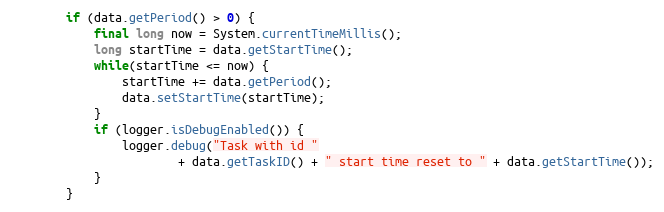
Language: Java
		if (data.getPeriod() > 0) {
			final long now = System.currentTimeMillis();
			long startTime = data.getStartTime();
			while(startTime <= now) {
				startTime += data.getPeriod();
				data.setStartTime(startTime);
			}
			if (logger.isDebugEnabled()) {
				logger.debug("Task with id "
						+ data.getTaskID() + " start time reset to " + data.getStartTime());
			}
		}